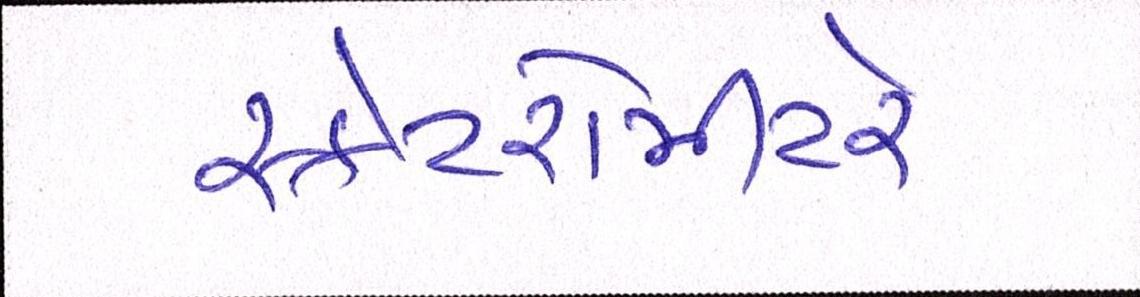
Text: સ્કેટરોમીટરે